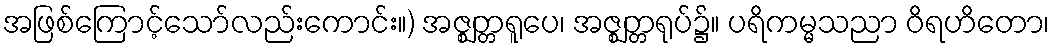
အဖြစ်ကြောင့်သော်လည်းကောင်း။) အဇ္ဈတ္တရူပေ၊ အဇ္ဈတ္တရုပ်၌။ ပရိကမ္မသညာ ဝိရဟိတော၊